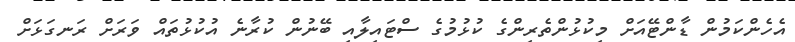
އެހެންކަމުން ޑާންޓޭއަށް މިކުޅުންތެރިންގެ ކުޅުމުގެ ސްޓައިލާއި ބޭނުން ކުރާނެ އުކުޅުތައް ވަރަށް ރަނގަޅަށް